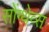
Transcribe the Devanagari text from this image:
सोंग्थेव्स